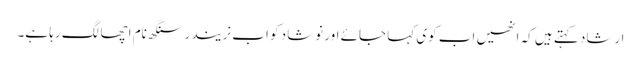
ارشاد کہتے ہیں کہ انھیں اب کوی کہا جائے اور نوشاد کو اب نریندر سنگھ نام اچھا لگ رہا ہے۔